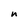
Character: n